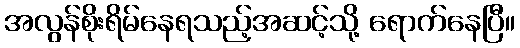
အလွန်စိုးရိမ်နေရသည့်အဆင့်သို့ ရောက်နေပြီ။